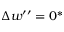
\Delta w ^ { \prime \prime } = 0 ^ { * }